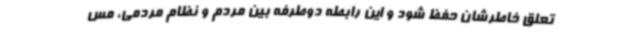
تعلق خاطرشان حفظ شود و این رابطه دوطرفه بین مردم و نظام مردمی، مس